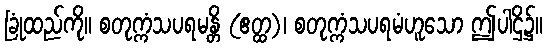
ခြုံထည်ကို။ စတုက္ကံသပရမန္တိ (ဧတ္ထ)၊ စတုက္ကံသပရမံဟူသော ဤပါဌိ၌။